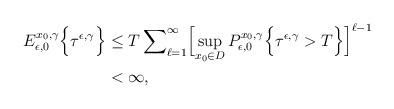
LaTeX: \begin{align*} E_{\epsilon,0}^{x_0,\gamma} \Bigl\{ \tau^{\epsilon,\gamma} \Bigr\} &\le T\sum\nolimits_{\ell=1}^{\infty} \Bigl[\sup_{x_0 \in D} P_{\epsilon,0}^{x_0,\gamma} \Bigl\{ \tau^{\epsilon,\gamma} > T \Bigr\}\Bigr]^{\ell-1} \\ &< \infty, \end{align*}